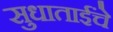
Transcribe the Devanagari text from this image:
सुधाताईंचे